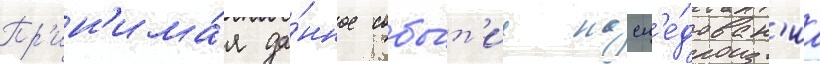
Пр'ин'има́я да́нное собы́т'ие насл'е́дован'иа